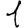
Digit: 1